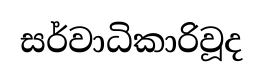
සර්වාධිකාරිවූද